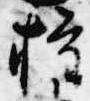
権